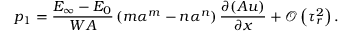
p _ { 1 } = \frac { E _ { \infty } - E _ { 0 } } { W A } \left( m \alpha ^ { m } - n \alpha ^ { n } \right) \frac { \partial ( A u ) } { \partial x } + \mathcal { O } \left( \tau _ { r } ^ { 2 } \right) .